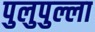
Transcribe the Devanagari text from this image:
पुलुपुल्ला